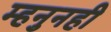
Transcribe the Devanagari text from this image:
म्हनुनही